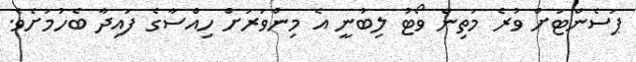
ޕަސެންޓަށް ވުރެ މަތިން ވޯޓު ލިބުނީ އެ މިންވަރަށް ހިއްސާގެ ފައިދާ ބެހުމަށެވެ.